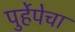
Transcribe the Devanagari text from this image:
पुर्हेपेचा